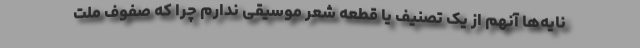
نایه‌ها آنهم از یک تصنیف یا قطعه شعر موسیقی ندارم چرا که صفوف ملت